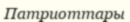
Патриоттары